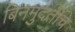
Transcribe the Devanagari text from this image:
बिनमुदतीचे